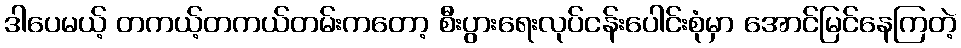
ဒါပေမယ့် တကယ့်တကယ်တမ်းကတော့ စီးပွားရေးလုပ်ငန်းပေါင်းစုံမှာ အောင်မြင်နေကြတဲ့